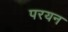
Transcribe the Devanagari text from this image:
परयन